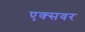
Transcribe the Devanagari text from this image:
एक्सवर